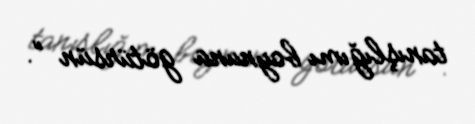
tanışlığımı boynuna götürsün ”.